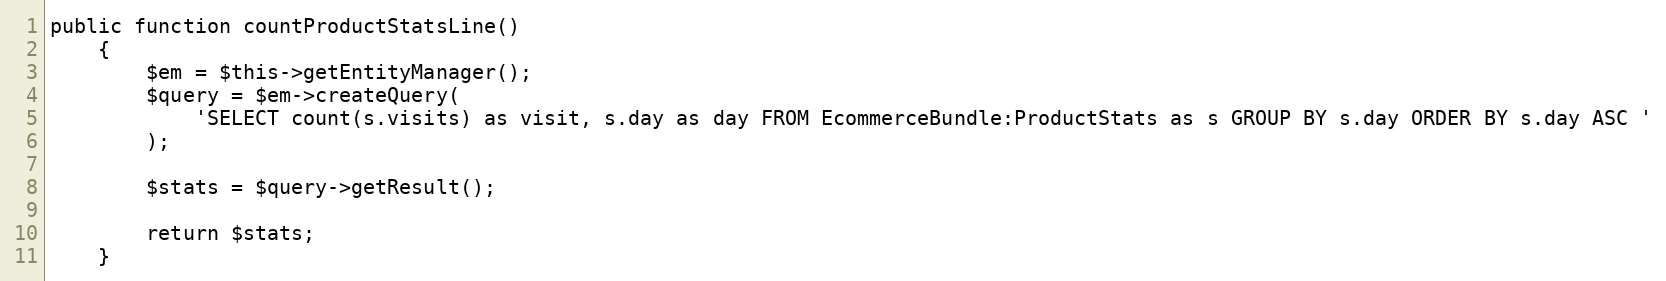
Language: PHP
public function countProductStatsLine()
    {
        $em = $this->getEntityManager();
        $query = $em->createQuery(
            'SELECT count(s.visits) as visit, s.day as day FROM EcommerceBundle:ProductStats as s GROUP BY s.day ORDER BY s.day ASC '
        );

        $stats = $query->getResult();

        return $stats;
    }